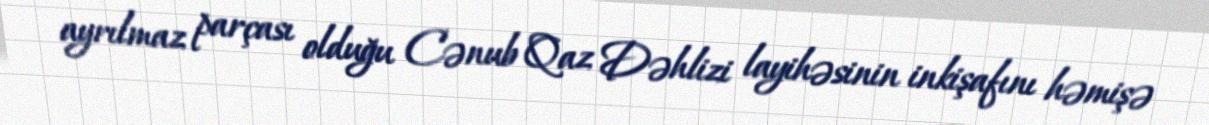
ayrılmaz parçası olduğu Cənub Qaz Dəhlizi layihəsinin inkişafını həmişə